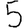
Digit: 5